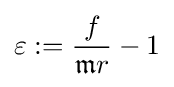
\varepsilon :={\frac {f}{{\mathfrak {m}}r}}-1